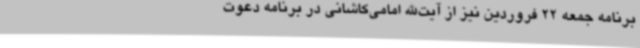
برنامه جمعه 22 فروردین نیز از آیت‌الله امامی‌کاشانی در برنامه دعوت